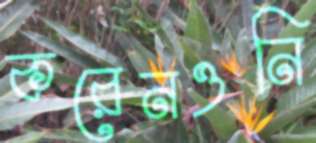
করেনওনি